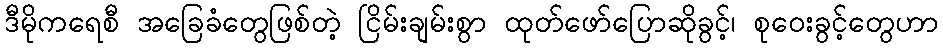
ဒီမိုကရေစီ အခြေခံတွေဖြစ်တဲ့ ငြိမ်းချမ်းစွာ ထုတ်ဖော်ပြောဆိုခွင့်၊ စုဝေးခွင့်တွေဟာ